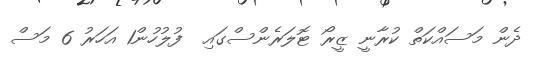
ދެން މަސައްކަތް ކުރާނީ ޒީރޯ ޓޮލަރެންސްގައި  ފުލުހުން1 އަހަރު 6 މަސް